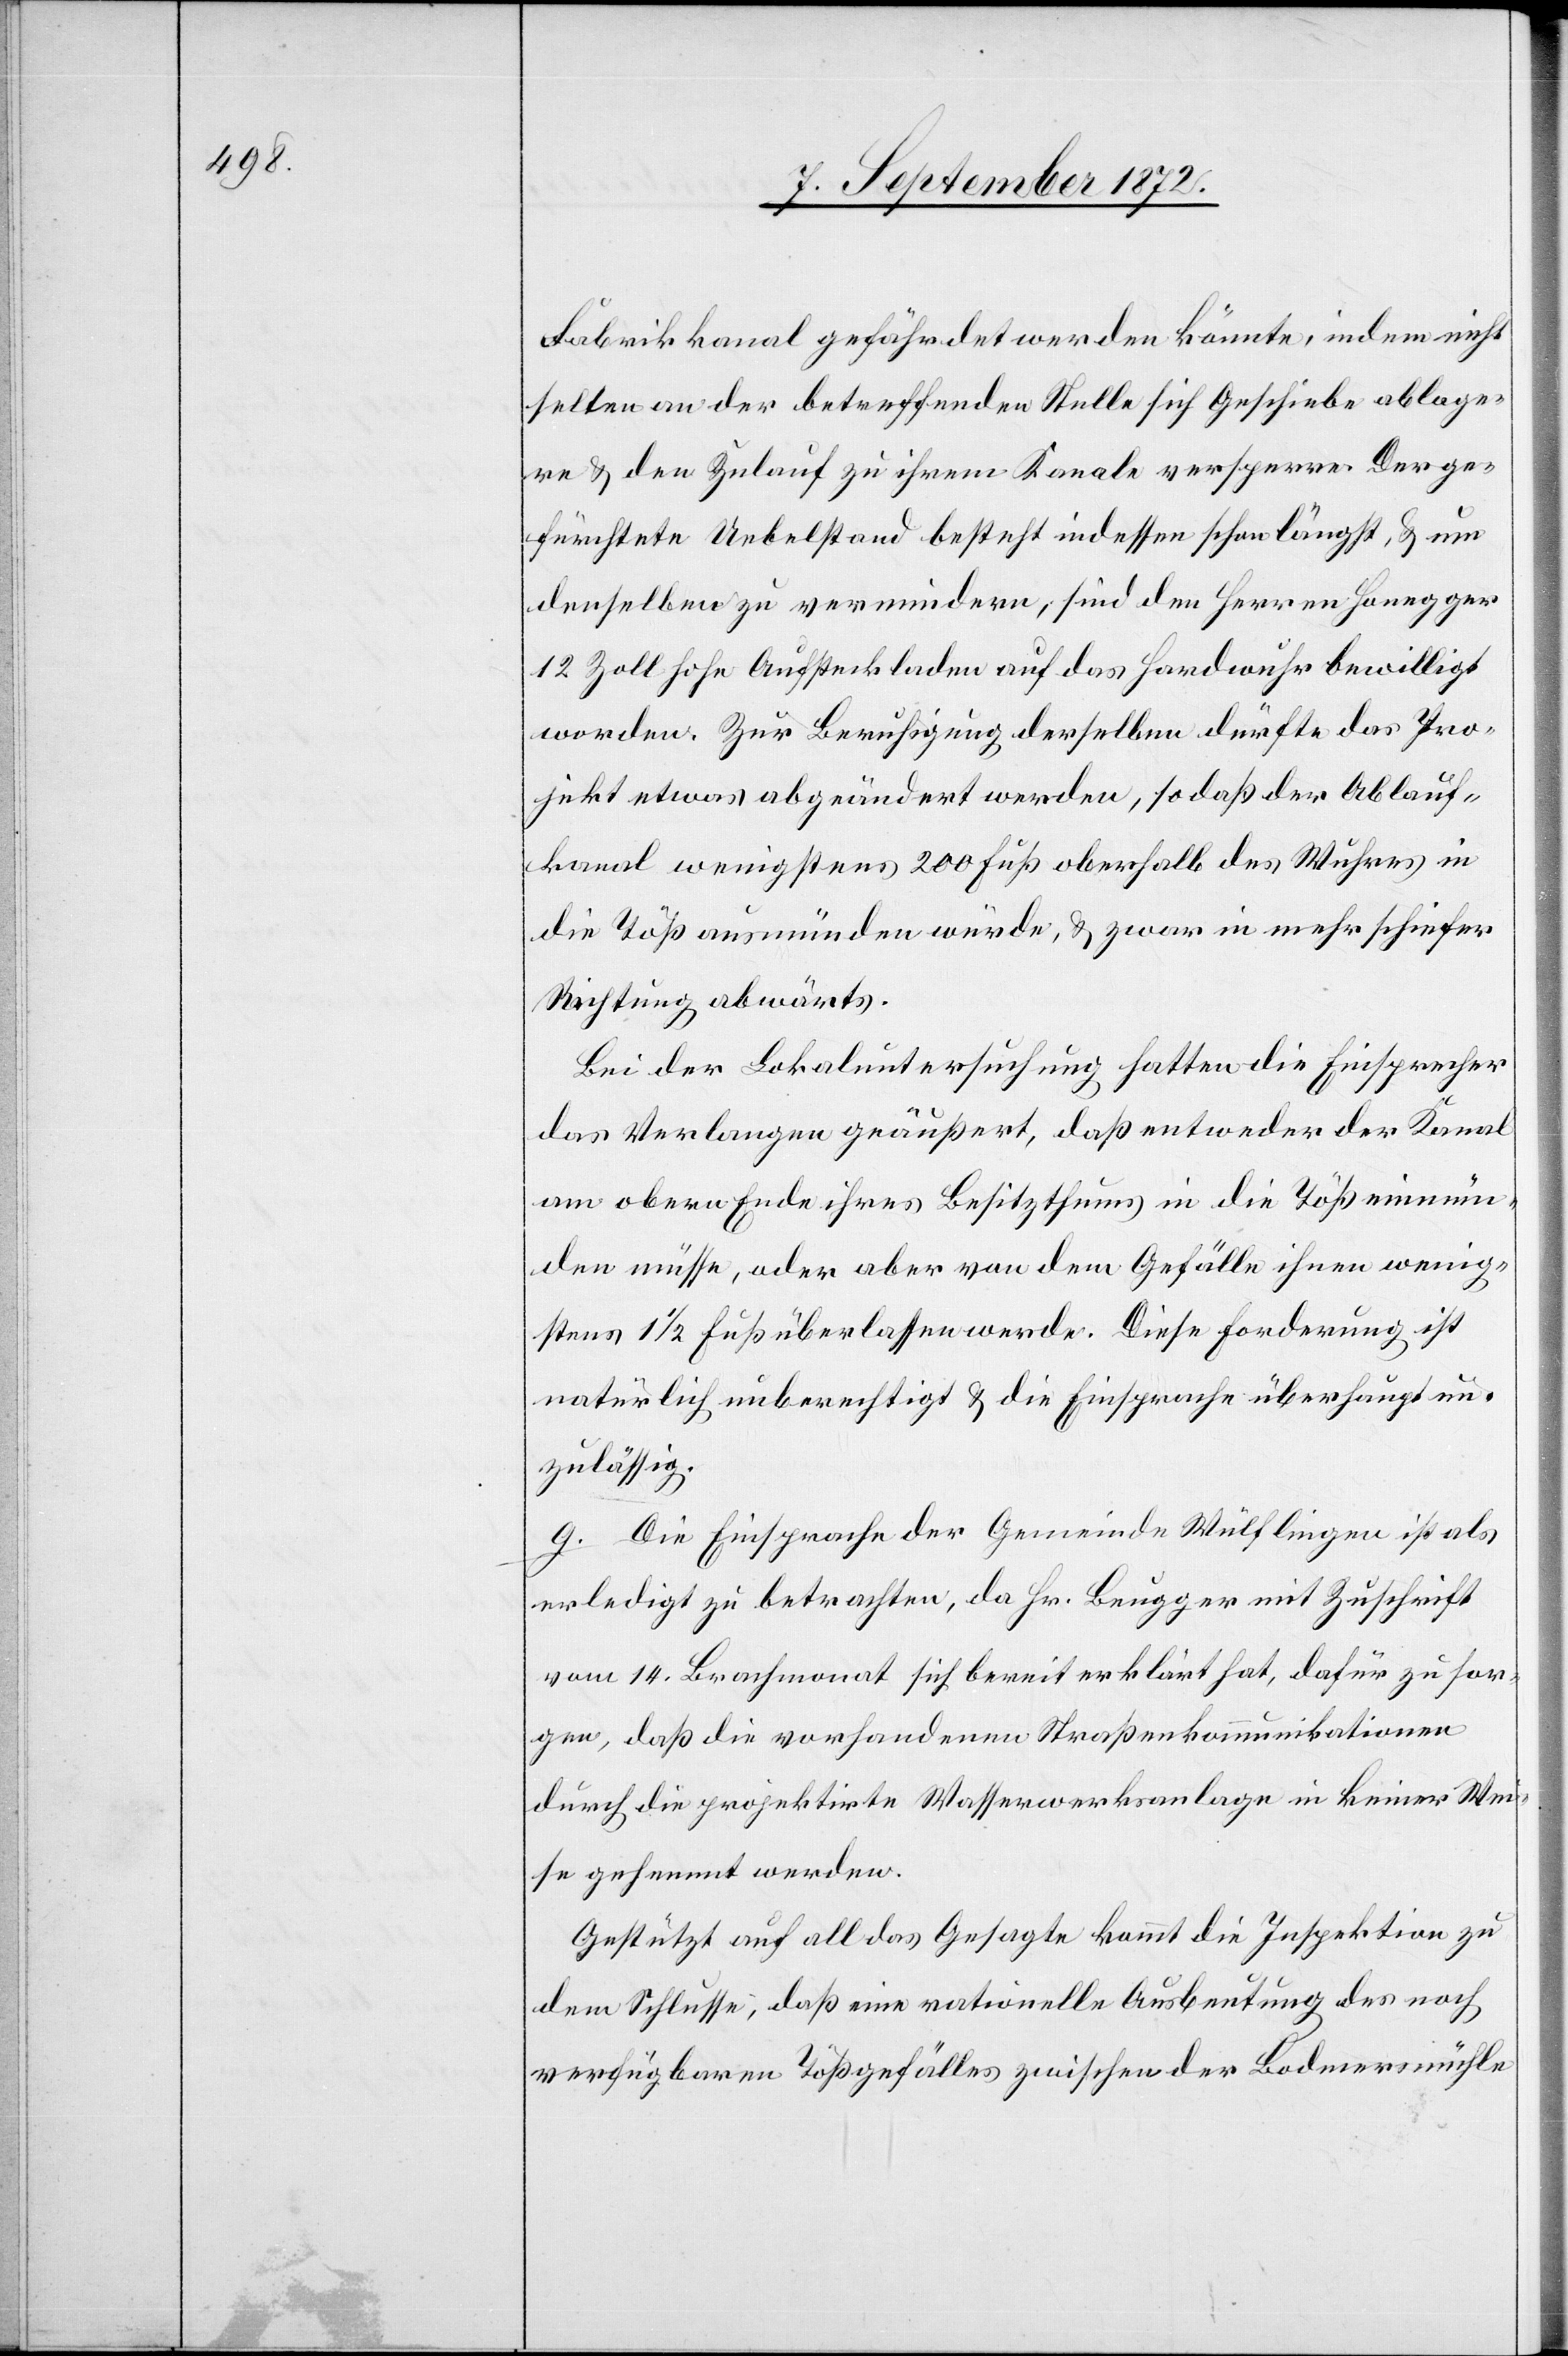
Fabrikkanal gefährdet werden könnte, indem nicht
selten an der betreffenden Stelle sich Geschiebe ablage¬
re u. den Zulauf zu ihrem Kanale versperre. Der ge¬
fürchtete Uebelstand besteht indessen schon längst, u. um
denselben zu vermindern, sind den Herren Honegger
12 Zoll hohe Aufsteckladen auf das Hardwuhr bewilligt
worden. Zur Beruhigung derselben dürfte das Pro¬
jekt etwas abgeändert werden, so daß der Ablauf¬
kanal wenigstens 200 Fuß oberhalb des Wuhres in
die Töß ausmünden würde, u. zwar in mehr schiefer
Richtung abwärts.
Bei der Lokaluntersuchung hatten die Einsprecher
das Verlangen geäußert, daß entweder der Kanal
am obern Ende ihres Besitzthums in die Töß einmün¬
den müsse, oder aber von dem Gefälle ihnen wenig¬
stens 1 1/2 Fuß überlassen werde. Diese Forderung ist
natürlich unberechtigt u. die Einsprache überhaupt un¬
zulässig.
g. Die Einsprache der Gemeinde Wülflingen ist als
erledigt zu betrachten, da Hr. Beugger mit Zuschrift
vom 14. Brachmonat sich bereit erklärt hat, dafür zu sor¬
gen, daß die vorhandenen Straßenkommunikationen
durch die projektirte Wasserwerksanlage in keiner Wei¬
se gehemmt werden.
Gestützt auf all das Gesagte kommt die Inspektion zu
dem Schlusse, daß eine rationelle Ausbeutung des noch
verfügbaren Tößgefälles zwischen der Bodmermühle